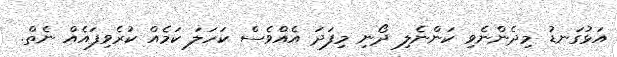
އަޅުގަނޑު މިދެންނެވި ކަންނެލި ދޯނި މިފަދަ އެއްވެސް ކަހަލަ ކަމެއް ކުރެވިފައެއް ނެތް.